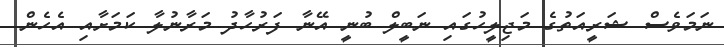
ނަމަވެސް ޝަރީއަތުގެ މަޖިލީހުގައި ނަބީލް ބުނީ އޭނާ ފަރުހާދު މަރާނުލާ ކަމަށާއި އެހެން